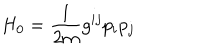
LaTeX: H _ { 0 } = \frac { 1 } { 2 m } g ^ { i j } p _ { i } p _ { j }